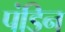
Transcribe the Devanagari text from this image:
पंडिन